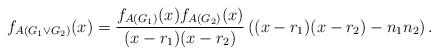
LaTeX: \begin{align*}f_{A(G_1 \vee G_2 )} (x) = \frac{{f_{A(G_1 )} (x)f_{A(G_2 )}(x)}}{{(x - r_1 )(x - r_2 )}}\left((x - r_1 )(x - r_2 ) - n_1 n_2\right).\end{align*}